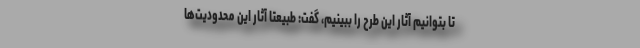
تا بتوانیم آثار این طرح را ببینیم، گفت: طبیعتاً آثار این محدودیت‌ها